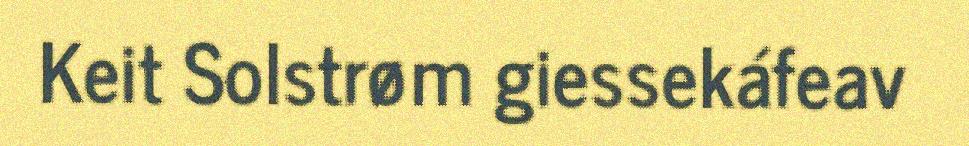
Keit Solstrøm giessekáfeav